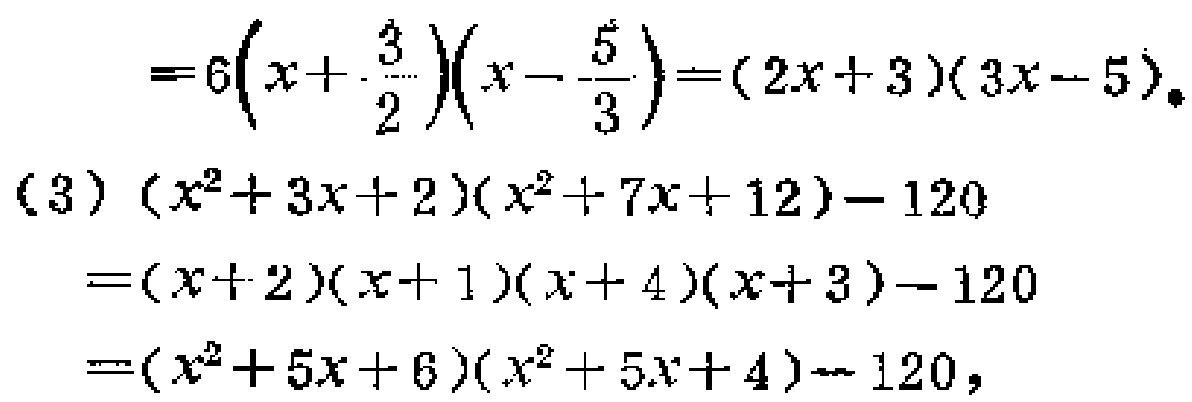
\[

\begin{align*}

&=6\left(x + \frac{3}{2}\right)\left(x - \frac{5}{3}\right)=(2x + 3)(3x - 5)\\

(3)&(x^{2}+3x + 2)(x^{2}+7x + 12)-120\\

&=(x + 2)(x + 1)(x + 4)(x + 3)-120\\

&=(x^{2}+5x + 6)(x^{2}+5x + 4)-120

\end{align*}

\]